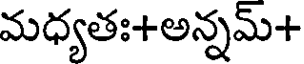
మధ్యతః+అన్నమ్+